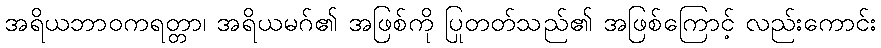
အရိယဘာဝကရတ္တာ၊ အရိယမဂ်၏ အဖြစ်ကို ပြုတတ်သည်၏ အဖြစ်ကြောင့် လည်းကောင်း